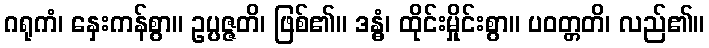
ဂရုကံ၊ နှေးကန်စွာ။ ဥပ္ပဇ္ဇတိ၊ ဖြစ်၏။ ဒန္ဓံ၊ ထိုင်းမှိုင်းစွာ။ ပဝတ္တတိ၊ လည်၏။